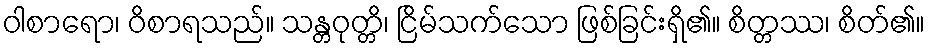
ဝါစာရော၊ ဝိစာရသည်။ သန္တဝုတ္တိ၊ ငြိမ်သက်သော ဖြစ်ခြင်းရှိ၏။ စိတ္တဿ၊ စိတ်၏။